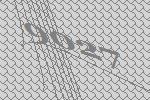
9027